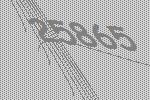
25865